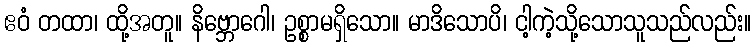
ဧဝံ တထာ၊ ထို့အတူ။ နိဗ္ဘောဂေါ၊ ဥစ္စာမရှိသော။ မာဒိသောပိ၊ ငါ့ကဲ့သို့သောသူသည်လည်း။